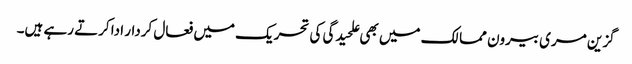
گزین مری بیرون ممالک میں بھی علحیدگی کی تحریک میں فعال کردار ادا کرتے رہے ہیں۔